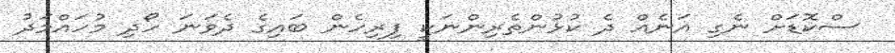
ސްކޮޑަށް ނެގި އަނެއް ދެ ކުޅުންތެރިންނަކީ ފިރިހެން ބައިގެ ދެވަނަ ހޯދި މުހައްމަދު